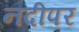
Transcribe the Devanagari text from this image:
नदीपर